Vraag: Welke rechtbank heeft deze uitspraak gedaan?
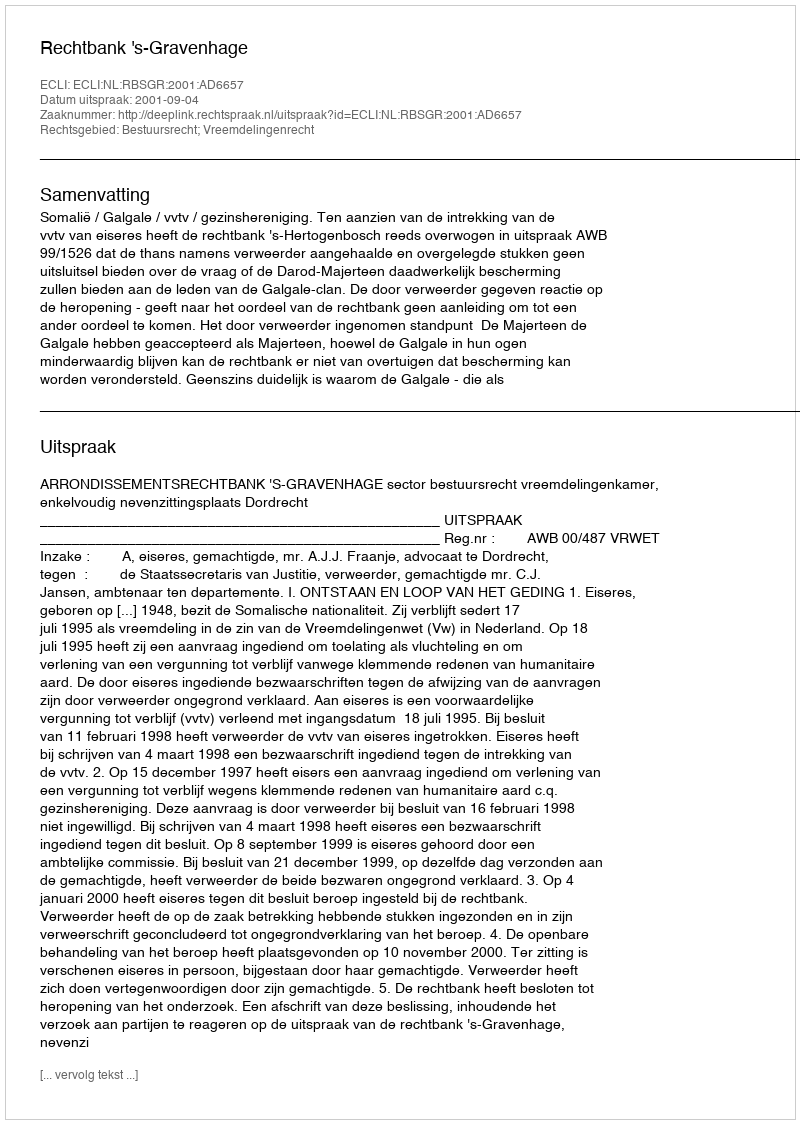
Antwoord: Rechtbank 's-Gravenhage